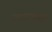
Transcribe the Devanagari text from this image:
प्रदानकारों